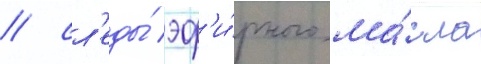
/ сл'еды́ эф'и́рного ма́сла